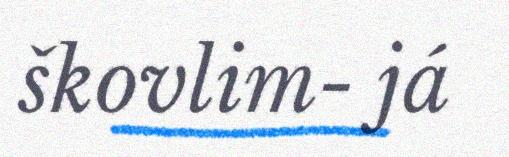
škovlim- já